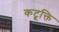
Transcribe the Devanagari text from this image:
कटूक्ति